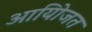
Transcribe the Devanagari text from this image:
आयोिजत